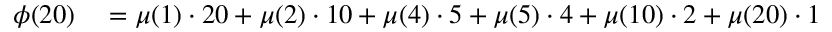
\begin{array} { r l } { \phi ( 2 0 ) } & { { } = \mu ( 1 ) \cdot 2 0 + \mu ( 2 ) \cdot 1 0 + \mu ( 4 ) \cdot 5 + \mu ( 5 ) \cdot 4 + \mu ( 1 0 ) \cdot 2 + \mu ( 2 0 ) \cdot 1 } \end{array}